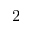
2